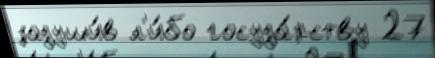
задуши́в л'и́бо госуда́рству 27